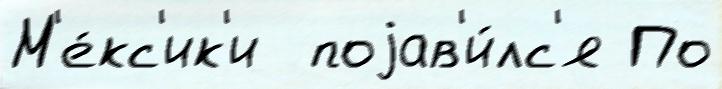
М'е́кс'ик'и  поjав'и́лс'я По